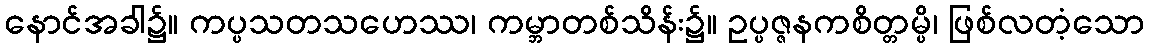
နောင်အခါ၌။ ကပ္ပသတသဟေဿ၊ ကမ္ဘာတစ်သိန်း၌။ ဥပ္ပဇ္ဇနကစိတ္တမ္ပိ၊ ဖြစ်လတံ့သော